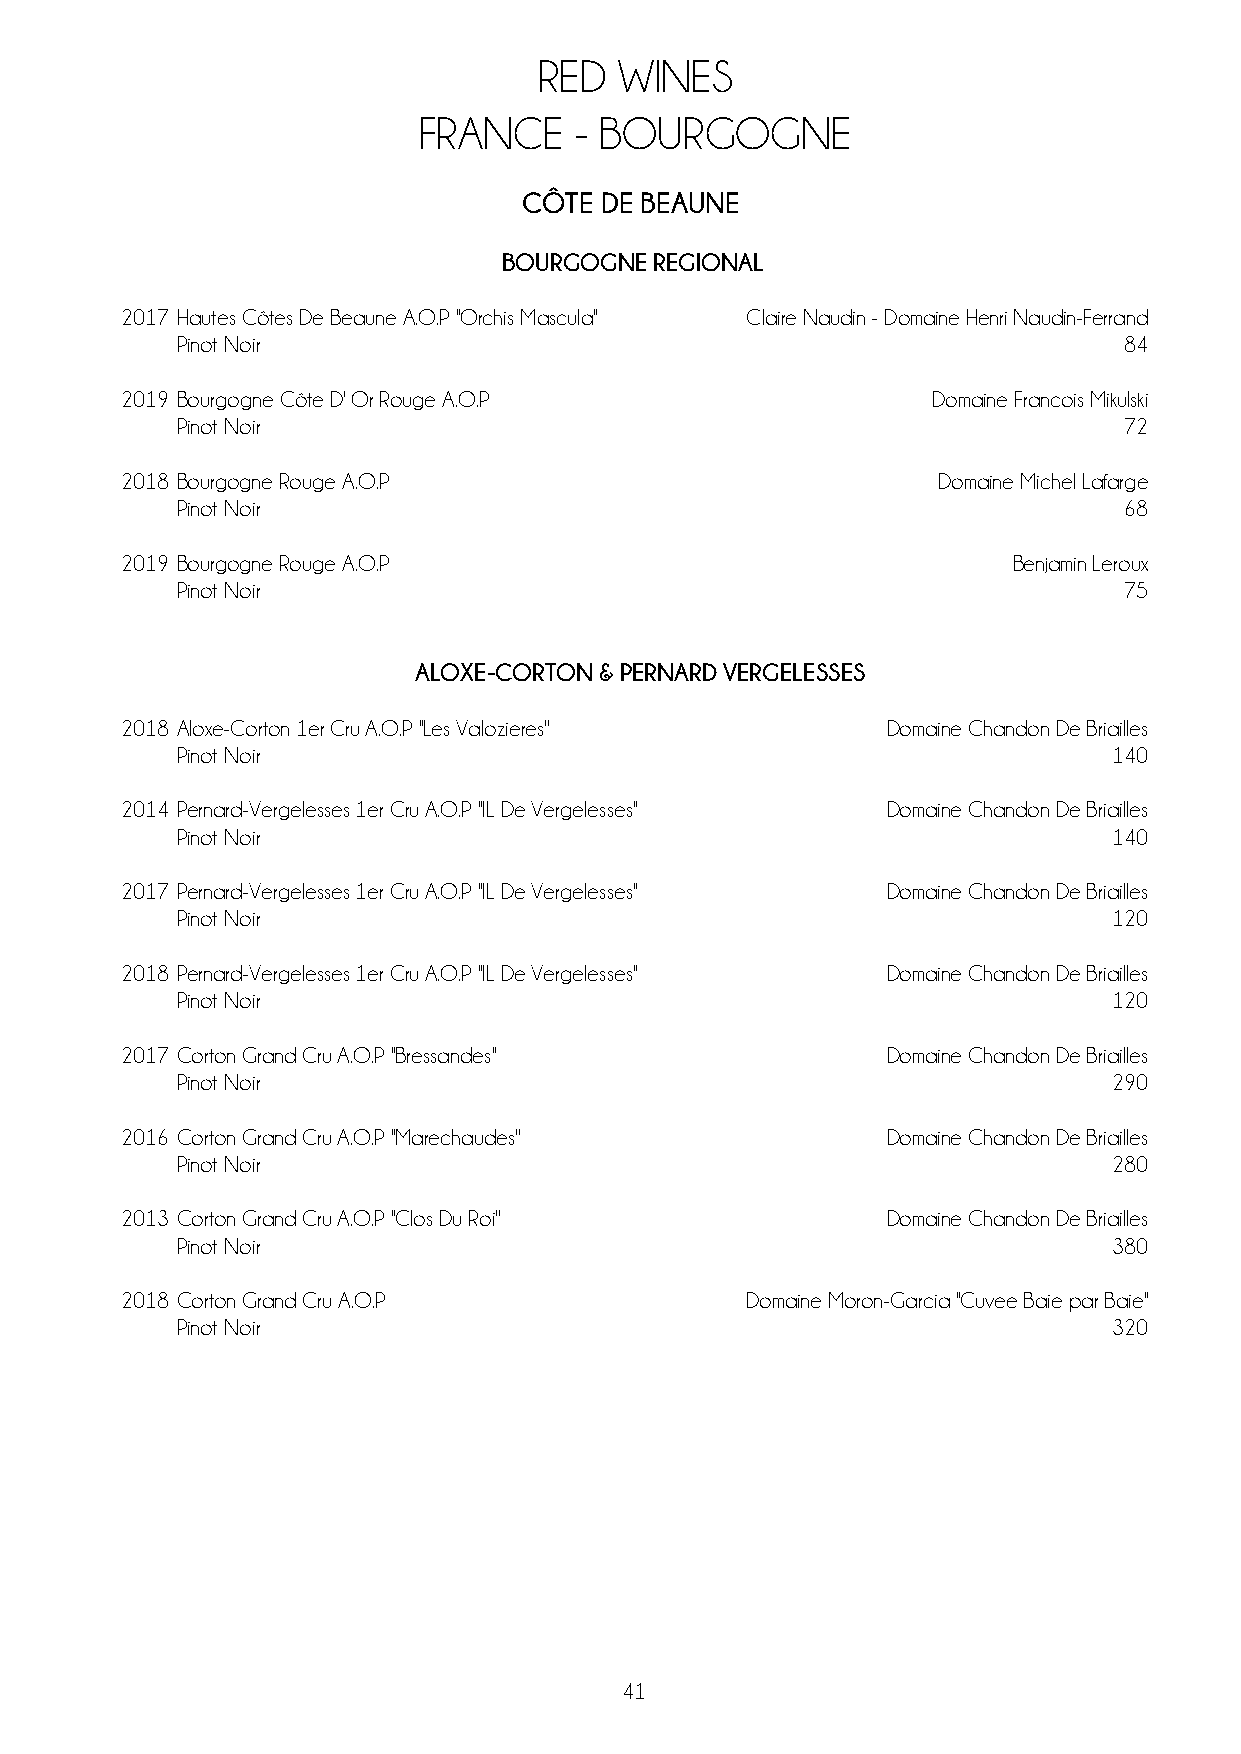
RED  WINES
 FRANCE    - BOURGOGNE
 CÔTE DE BEAUNE
 BOURGOGNE REGIONAL
 2017 Hautes Côtes De Beaune A.O.P ''Orchis Mascula'' Claire Naudin - Domaine Henri Naudin-Ferrand
 Pinot Noir                                                    84
 2019 Bourgogne Côte D' Or Rouge A.O.P                 Domaine Francois Mikulski
 Pinot Noir                                                    72
 2018 Bourgogne Rouge A.O.P                            Domaine Michel Lafarge
 Pinot Noir                                                    68
 2019 Bourgogne Rouge A.O.P                                 Benjamin Leroux
 Pinot Noir                                                    75
 ALOXE-CORTON & PERNARD VERGELESSES
 2018 Aloxe-Corton 1er Cru A.O.P ''Les Valozieres'' Domaine Chandon De Briailles
 Pinot Noir                                                    140
 2014 Pernard-Vergelesses 1er Cru A.O.P ''IL De Vergelesses'' Domaine Chandon De Briailles
 Pinot Noir                                                    140
 2017 Pernard-Vergelesses 1er Cru A.O.P ''IL De Vergelesses'' Domaine Chandon De Briailles
 Pinot Noir                                                    120
 2018 Pernard-Vergelesses 1er Cru A.O.P ''IL De Vergelesses'' Domaine Chandon De Briailles
 Pinot Noir                                                    120
 2017 Corton Grand Cru A.O.P ''Bressandes''         Domaine Chandon De Briailles
 Pinot Noir                                                    290
 2016 Corton Grand Cru A.O.P ''Marechaudes''        Domaine Chandon De Briailles
 Pinot Noir                                                    280
 2013 Corton Grand Cru A.O.P ''Clos Du Roi''        Domaine Chandon De Briailles
 Pinot Noir                                                    380
 2018 Corton Grand Cru A.O.P              Domaine Moron-Garcia ''Cuvee Baie par Baie''
 Pinot Noir                                                    320
 41